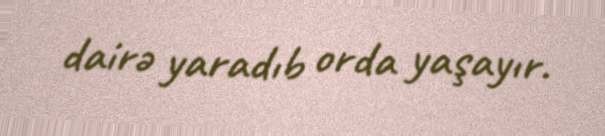
dairə yaradıb orda yaşayır.